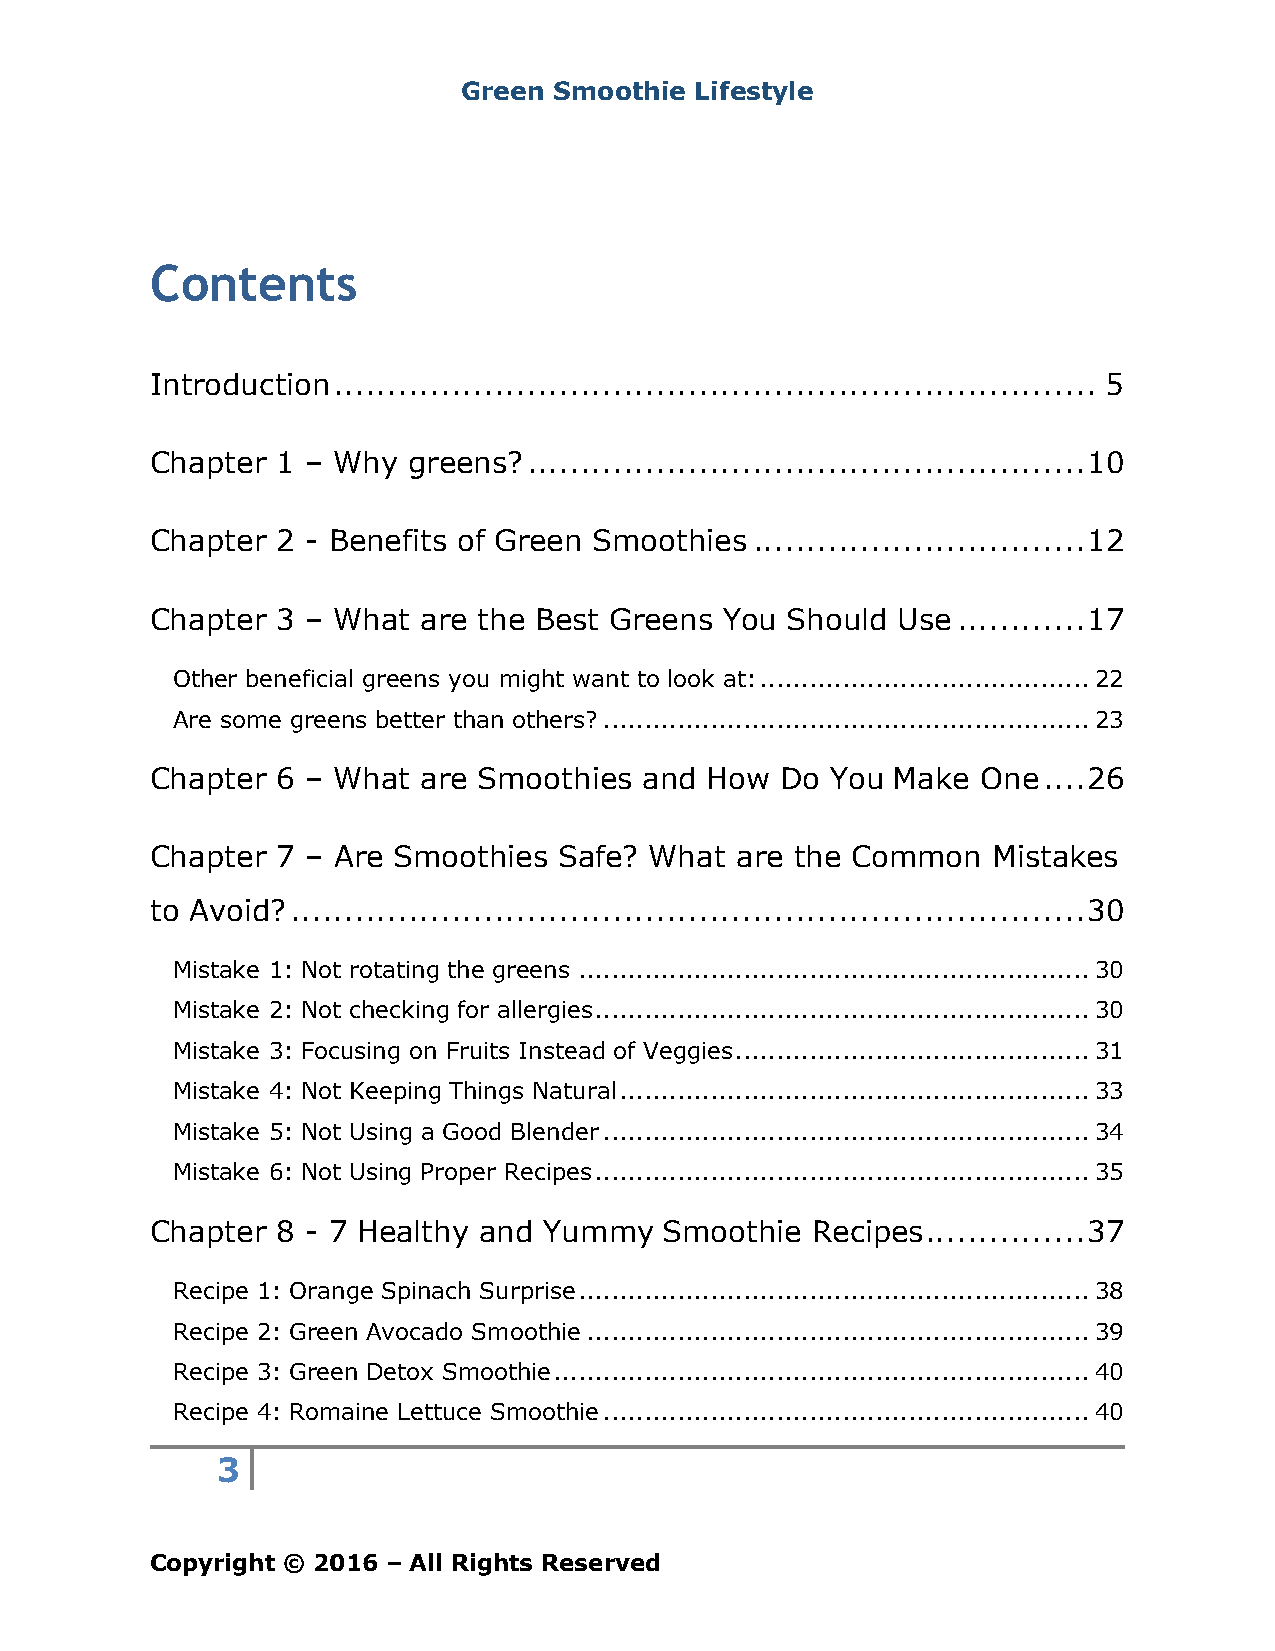
Green Smoothie Lifestyle
 Contents
 Introduction ....................................................................... 5
 Chapter 1 – Why  greens? .................................................... 10
 Chapter 2 - Benefits of Green Smoothies ............................... 12
 Chapter 3 – What  are the Best Greens You Should Use ............ 17
 Other beneficial greens you might want to look at: ........................................ 22
 Are some greens better than others? ........................................................... 23
 Chapter 6 – What  are Smoothies  and How  Do You Make  One .... 26
 Chapter 7 – Are Smoothies  Safe? What  are the Common   Mistakes
 to Avoid? .......................................................................... 30
 Mistake 1: Not rotating the greens .............................................................. 30
 Mistake 2: Not checking for allergies ............................................................ 30
 Mistake 3: Focusing on Fruits Instead of Veggies ........................................... 31
 Mistake 4: Not Keeping Things Natural ......................................................... 33
 Mistake 5: Not Using a Good Blender ........................................................... 34
 Mistake 6: Not Using Proper Recipes ............................................................ 35
 Chapter 8 - 7 Healthy and Yummy   Smoothie  Recipes ............... 37
 Recipe 1: Orange Spinach Surprise .............................................................. 38
 Recipe 2: Green Avocado Smoothie ............................................................. 39
 Recipe 3: Green Detox Smoothie ................................................................. 40
 Recipe 4: Romaine Lettuce Smoothie ........................................................... 40
 3
 Copyright © 2016 – All Rights Reserved